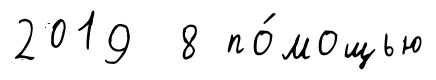
2019 8 по́мощью